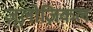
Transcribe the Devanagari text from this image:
ज़ूलोज़िकल